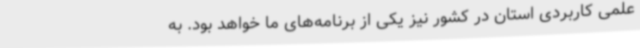
علمی کاربردی استان در کشور نیز یکی از برنامه‌های ما خواهد بود. به